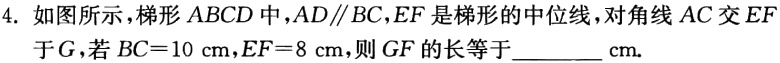
4. 如图所示梯形 \(ABCD\)中，\(AD\parallel BC\)，\(EF\)是梯形的中位线，对角线 \(AC\)交 \(EF\) 于 \(G\)，若 \(BC = 10\mathrm{cm}\)，\(EF = 8\mathrm{cm}\)，则 \(GF\)的长等于________ \(\mathrm{cm}\).